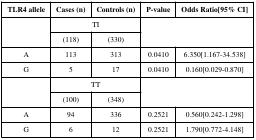
<table><thead><tr><td><b>TLR4 allele</b></td><td><b>Cases (n)</b></td><td><b>Controls (n)</b></td><td><b>P-value</b></td><td><b>Odds Ratio[95% CI]</b></td></tr></thead><tbody><tr><td rowspan="2"></td><td colspan="2">TI</td><td rowspan="2" colspan="2"></td></tr><tr><td>(118)</td><td>(330)</td></tr><tr><td>A</td><td>113</td><td>313</td><td>0.0410</td><td>6.350[1.167-34.538]</td></tr><tr><td>G</td><td>5</td><td>17</td><td>0.0410</td><td>0.160[0.029-0.870]</td></tr><tr><td rowspan="2"></td><td colspan="2">TT</td><td rowspan="2" colspan="2"></td></tr><tr><td>(100)</td><td>(348)</td></tr><tr><td>A</td><td>94</td><td>336</td><td>0.2521</td><td>0.560[0.242-1.298]</td></tr><tr><td>G</td><td>6</td><td>12</td><td>0.2521</td><td>1.790[0.772-4.148]</td></tr></tbody></table>